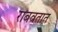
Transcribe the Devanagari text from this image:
राबवतात